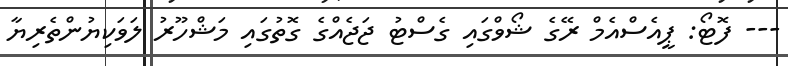
--- ފޮޓޯ: ޕީއެސްއެމް ރޭގެ ޝޯވްގައި ގެސްޓު ޖަޖެއްގެ ގޮތުގައި މަޝްހޫރު ލަވަކިޔުންތެރިޔާ